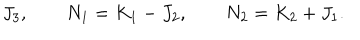
J _ { 3 } , \qquad N _ { 1 } = K _ { 1 } - J _ { 2 } , \qquad N _ { 2 } = K _ { 2 } + J _ { 1 } .